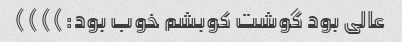
عالی بود گوشت کوبشم خوب بود:))))